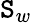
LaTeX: \mathtt{S}_{w}